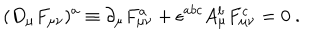
LaTeX: ( D _ { \mu } F _ { \mu \nu } ) ^ { a } \equiv \partial _ { \mu } F _ { \mu \nu } ^ { a } + \epsilon ^ { a b c } A _ { \mu } ^ { b } F _ { \mu \nu } ^ { c } = 0 \ .